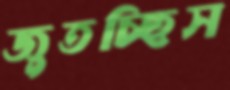
জুতচ্ছিস